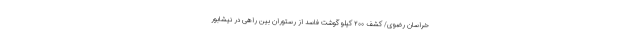
خراسان رضوی/ کشف ۲۰۰ کیلو گوشت فاسد از رستوران بین راهی در نیشابور